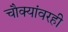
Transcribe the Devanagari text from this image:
चौक्यांवरही